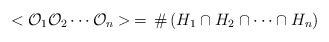
\begin{align*}<{\cal O}_1 {\cal O}_2 \cdots {\cal O}_n > \,=\,\# \left ( H_1 \cap H_2 \cap \cdots \cap H_n \right )\end{align*}